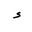
Letter: _hamza